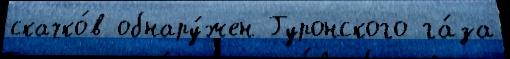
скачко́в обнару́жен Гуронского га́за